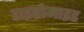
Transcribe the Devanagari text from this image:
डाइब्रोमाइड